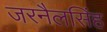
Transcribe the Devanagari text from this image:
जरनैलसिंह